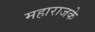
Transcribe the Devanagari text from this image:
महाराजके